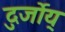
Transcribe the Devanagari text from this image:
दुर्जोय्